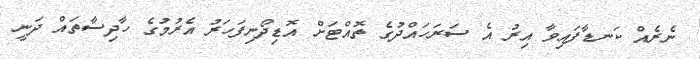
ނެރެއް ކަނޑާފައިވާ އިރު އެ ސަރަހައްދުގެ ތޮއްޓަށް އޮޑިދޯނިފަހަރު އެރުމުގެ ހާދިސާތައް ދަނީ